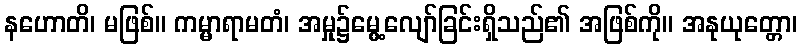
နဟောတိ၊ မဖြစ်။ ကမ္မာရာမတံ၊ အမှု၌မွေ့လျော်ခြင်းရှိသည်၏ အဖြစ်ကို။ အနုယုတ္တော၊